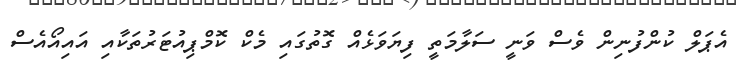
އެޕަލް ކުންފުނިން ވެސް ވަނީ ސަލާމަތީ ފިޔަވަޅެއް ގޮތުގައި މެކް ކޮމްޕިއުޓަރުތަކާއި އައިއޯއެސް